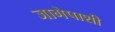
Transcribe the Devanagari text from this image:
जागेपाशी